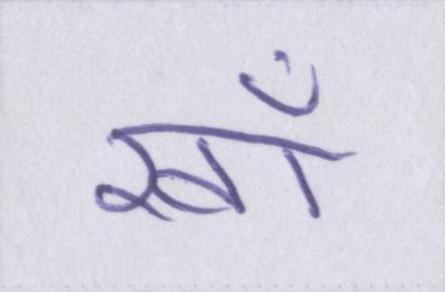
खाँ